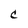
Character: C